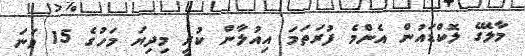
މާލޭގެ ލޮކްޑައުން އެންމެ ފުރަތަމަ އިއުލާން ކުރީ މިދިޔަ މަހުގެ 15 ވަނަ